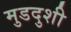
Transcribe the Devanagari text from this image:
मुडदुशी